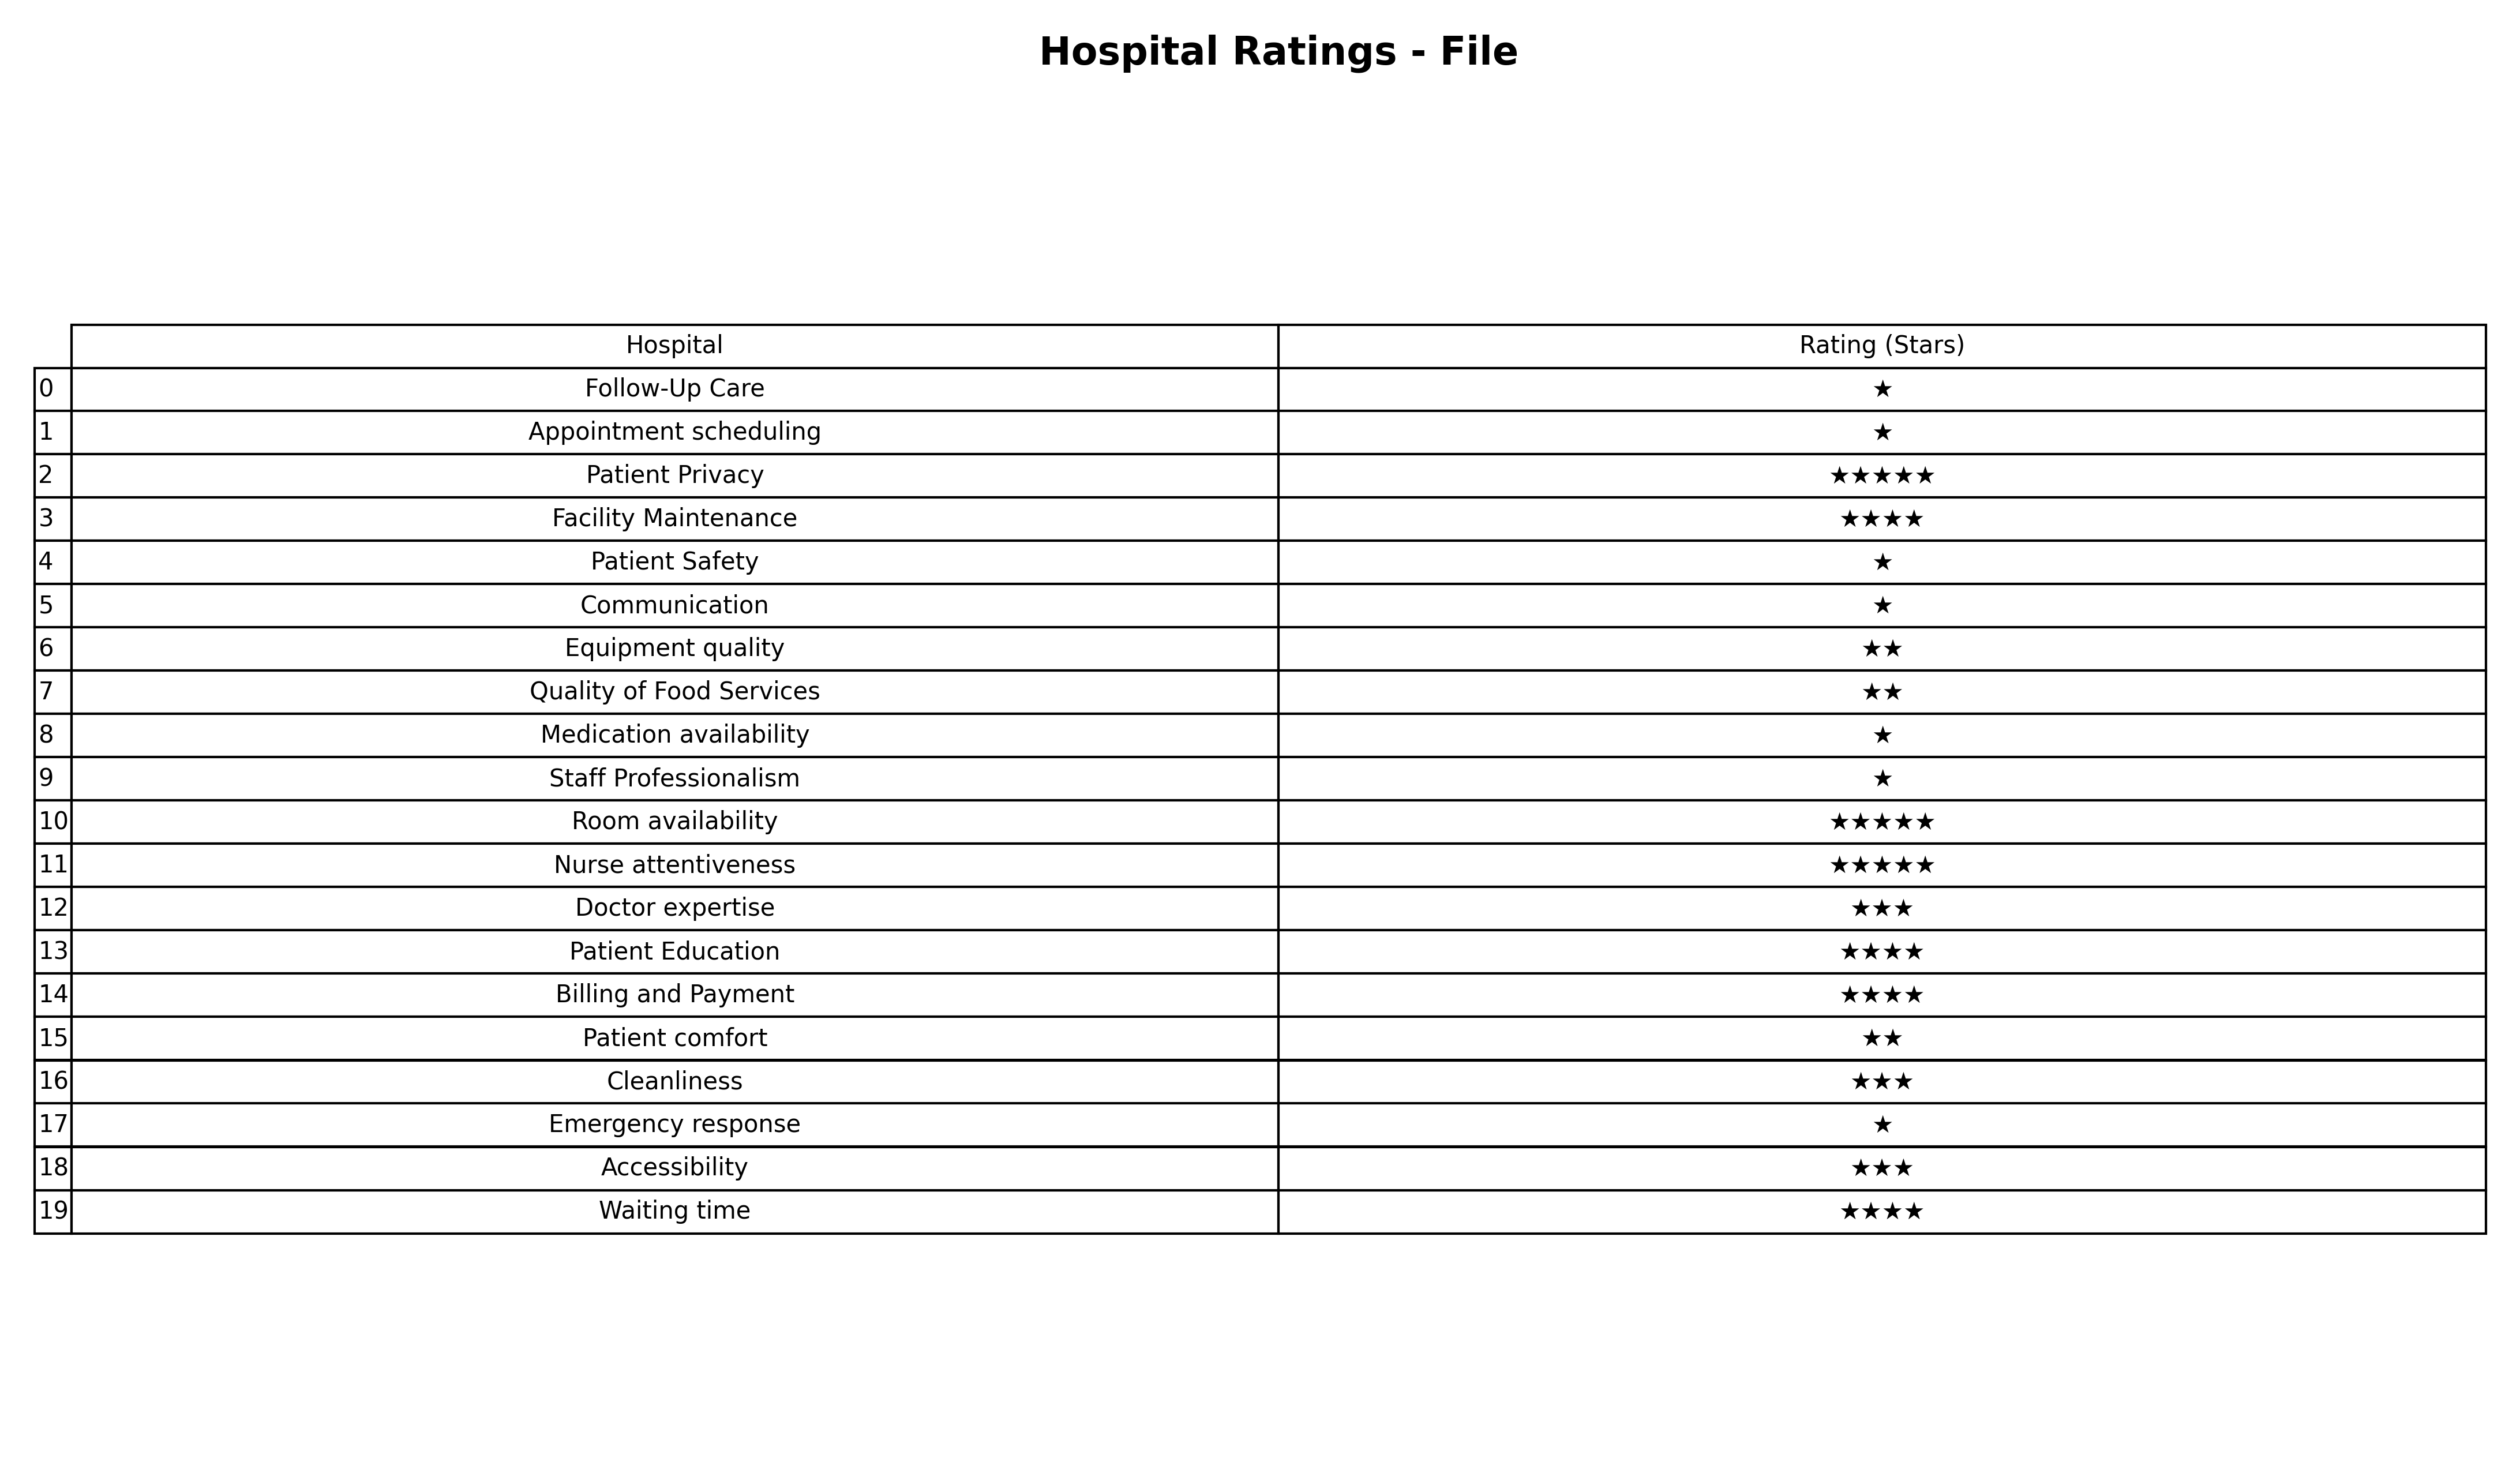
question: What is the rating of Equipment quality?
answer: ★★